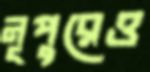
নূপুরেও